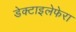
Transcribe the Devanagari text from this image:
डेक्टाइलेफेरा